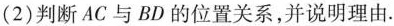
(2)判断AC与BD的位置关系，并说明理由。